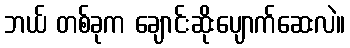
ဘယ် တစ်ခုက ချောင်းဆိုးပျောက်ဆေးလဲ။